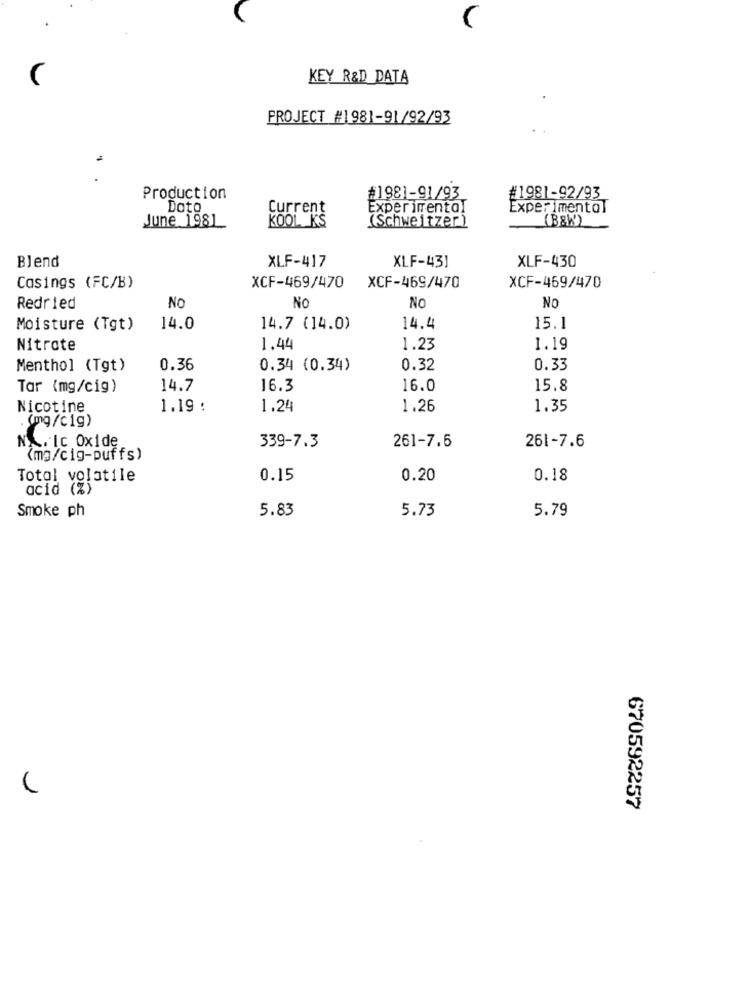
KEY R&D DATA
PROJECT #1981-91/92/93
#1981-91/93
Production
#1981-92/93
Dato
Current
Exper imental
Experimentol
June 1981
KOOL KS
(Schweitzer)
(B&W')
Blend
XLF-417
XLF-43]
XLF-430
Casings (FC/B)
XCF-469/470
XCF-469/470
XCF-469/470
NO
NO
Redried
No
NO
Moisture (Tgt)
14.0
14.7 (14.0)
14.4
15.1
Nitrate
1.44
1.23
1.19
Menthol (Tgt)
0.36
0.34 (0.34)
0.32
0.33
Tar (mg/cig)
14.7
16.3
16.0
15.8
Nicotine
1.19 :
1.24
1.26
1.35
(mg/c1g)
261-7.6
N ... IC Oxide
339-7.3
261-7.6
(mg/cig-puffs)
Total volatile
0.15
0.20
0.18
acid (%)
5.83
5.73
5.79
Smoke ph
670592257